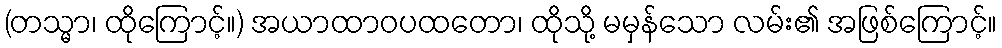
(တသ္မာ၊ ထိုကြောင့်။) အယာထာဝပထတော၊ ထိုသို့ မမှန်သော လမ်း၏ အဖြစ်ကြောင့်။